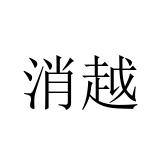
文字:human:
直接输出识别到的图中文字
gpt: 消越